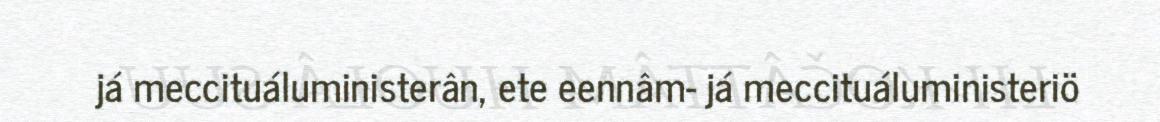
já meccituáluministerân, ete eennâm- já meccituáluministeriö